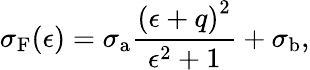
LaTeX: \sigma_{\mathrm{F}}(\epsilon)=\sigma_{\mathrm{a}}\frac{{(\epsilon+q)}^{2}}{\epsilon^{2}+1}+\sigma_{\mathrm{b}},